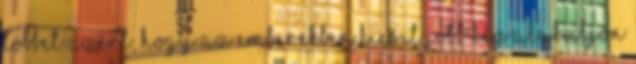
többet azért, hogy az emberekben kicsit jobb kép alakuljon